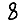
Digit: 8